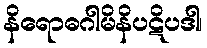
နိရောဓဂါမိနိပဋိပဒါ၊